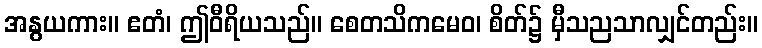
အနွယကား။ ဧတံ၊ ဤဝီရိယသည်။ စေတသိကမေဝ၊ စိတ်၌ မှီသညသာလျှင်တည်း။